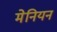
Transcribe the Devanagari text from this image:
मेनियन